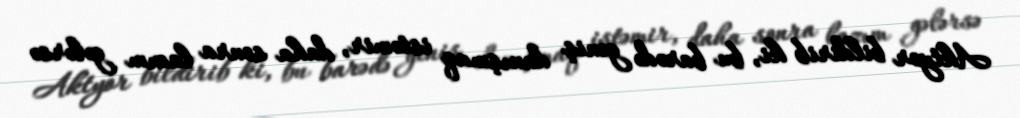
Aktyor bildirib ki, bu barədə geniş danışmaq istəmir, daha sonra lazım gələrsə